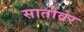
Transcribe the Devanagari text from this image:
सातोवर